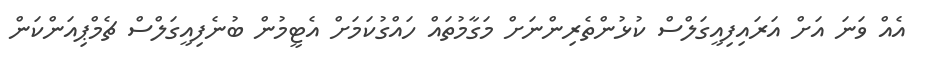
އެއް ވަނަ އަށް އަރައިފިއީގަލްސް ކުޅުންތެރިންނަށް މަގާމުތައް ހައްގުކަމަށް އެޓީމުން ބުނެފިއީގަލްސް ޗެމްޕިއަންކަން